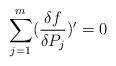
LaTeX: \begin{align*}\sum_{j=1}^m(\frac{\delta f}{\delta P_j})^{\prime }=0\end{align*}